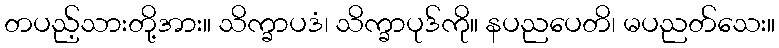
တပည့်သားတို့အား။ သိက္ခာပဒံ၊ သိက္ခာပုဒ်ကို။ နပညပေတိ၊ မပညတ်သေး။